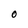
Character: 0